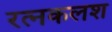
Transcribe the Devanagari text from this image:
रत्‍नकलश